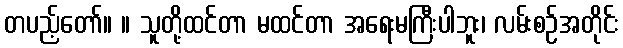
တပည့်တော်။ ။ သူတို့ထင်တာ မထင်တာ အရေးမကြီးပါဘူး၊ လမ်းစဉ်အတိုင်း